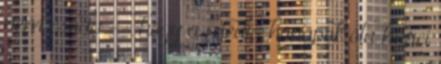
nem csoda --, hogy a média hónapok óta harci